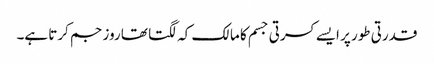
قدرتی طور پر ایسے کسرتی جسم کا مالک کہ لگتا تھا روز جم کرتا ہے۔